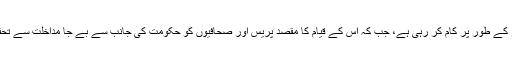
ان تنظیموں کا کہنا ہے کہ پریس کونسل آف انڈیا حکومت کے آلہ کار کے طور پر کام کر رہی ہے، جب کہ اس کے قیام کا مقصد پریس اور صحافیوں کو حکومت کی جانب سے بے جا مداخلت سے تحفظ فراہم کرنا اور پریس اور اظہار رائے کی آزادی کو یقینی بنانا ہے۔